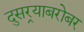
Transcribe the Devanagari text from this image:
दुसर्‍याबरोबर